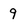
Character: 9